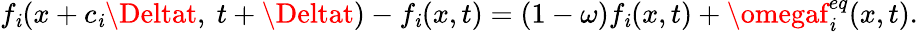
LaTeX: f_{\mathit{i}}(x+c_{\mathit{i}}\Deltat,~t+\Deltat)-f_{\mathit{i}}(x,t)=(1-\omega)f_{\mathit{i}}(x,t)+\omegaf_{\mathit{i}}^{eq}(x,t).